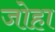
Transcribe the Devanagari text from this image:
जोहा